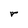
Character: r